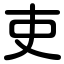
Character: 吏